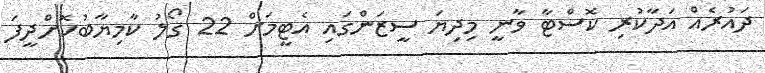
ދައުރެއް އަދާކުރި ކޮސްޓާ ވާނީ މިދިޔަ ސީޒަންގައި އެޓީމަށް 22 ގޯލު ކާމިޔާބުކޮށްދީފަ